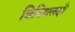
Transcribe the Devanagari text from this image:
विविधलक्षी